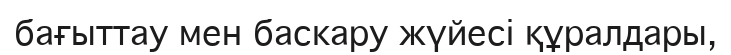
бағыттау мен баскару жүйесі құралдары,